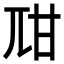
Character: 𤮾